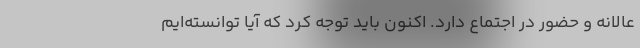
عالانه و حضور در اجتماع دارد. اکنون باید توجه کرد که آیا توانسته‌ایم